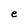
Character: e